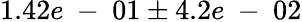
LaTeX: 1.42e\mathrm{~-~}01\pm 4.2e\mathrm{~-~}02